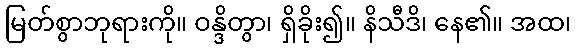
မြတ်စွာဘုရားကို။ ဝန္ဒိတွာ၊ ရှိခိုး၍။ နိသီဒိ၊ နေ၏။ အထ၊